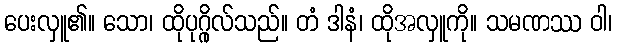
ပေးလှူ၏။ သော၊ ထိုပုဂ္ဂိုလ်သည်။ တံ ဒါနံ၊ ထိုအလှူကို။ သမဏဿ ဝါ၊